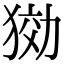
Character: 𤟋